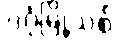
ဒဂုံမြို့သစ်